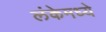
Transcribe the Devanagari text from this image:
लंकेमध्ये